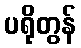
ပရိုတွန်